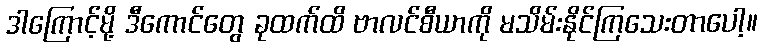
ဒါကြောင့်မို့ ဒီကောင်တွေ ခုထက်ထိ ဗာလင်စီယာကို မသိမ်းနိုင်ကြသေးတာပေါ့။